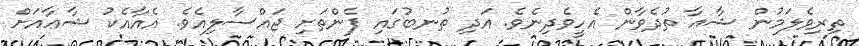
ތިރިވެލަމުން ޝާޢާ ތުދެވާން އެހީވެދިނެވެ. އަދި ތުނބުގައި ފެންތަށި ޖައްސާލިއެވެ. އެއާއެކު ޝާޢާއަށް